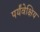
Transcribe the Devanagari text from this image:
पर्यंवेक्षिय